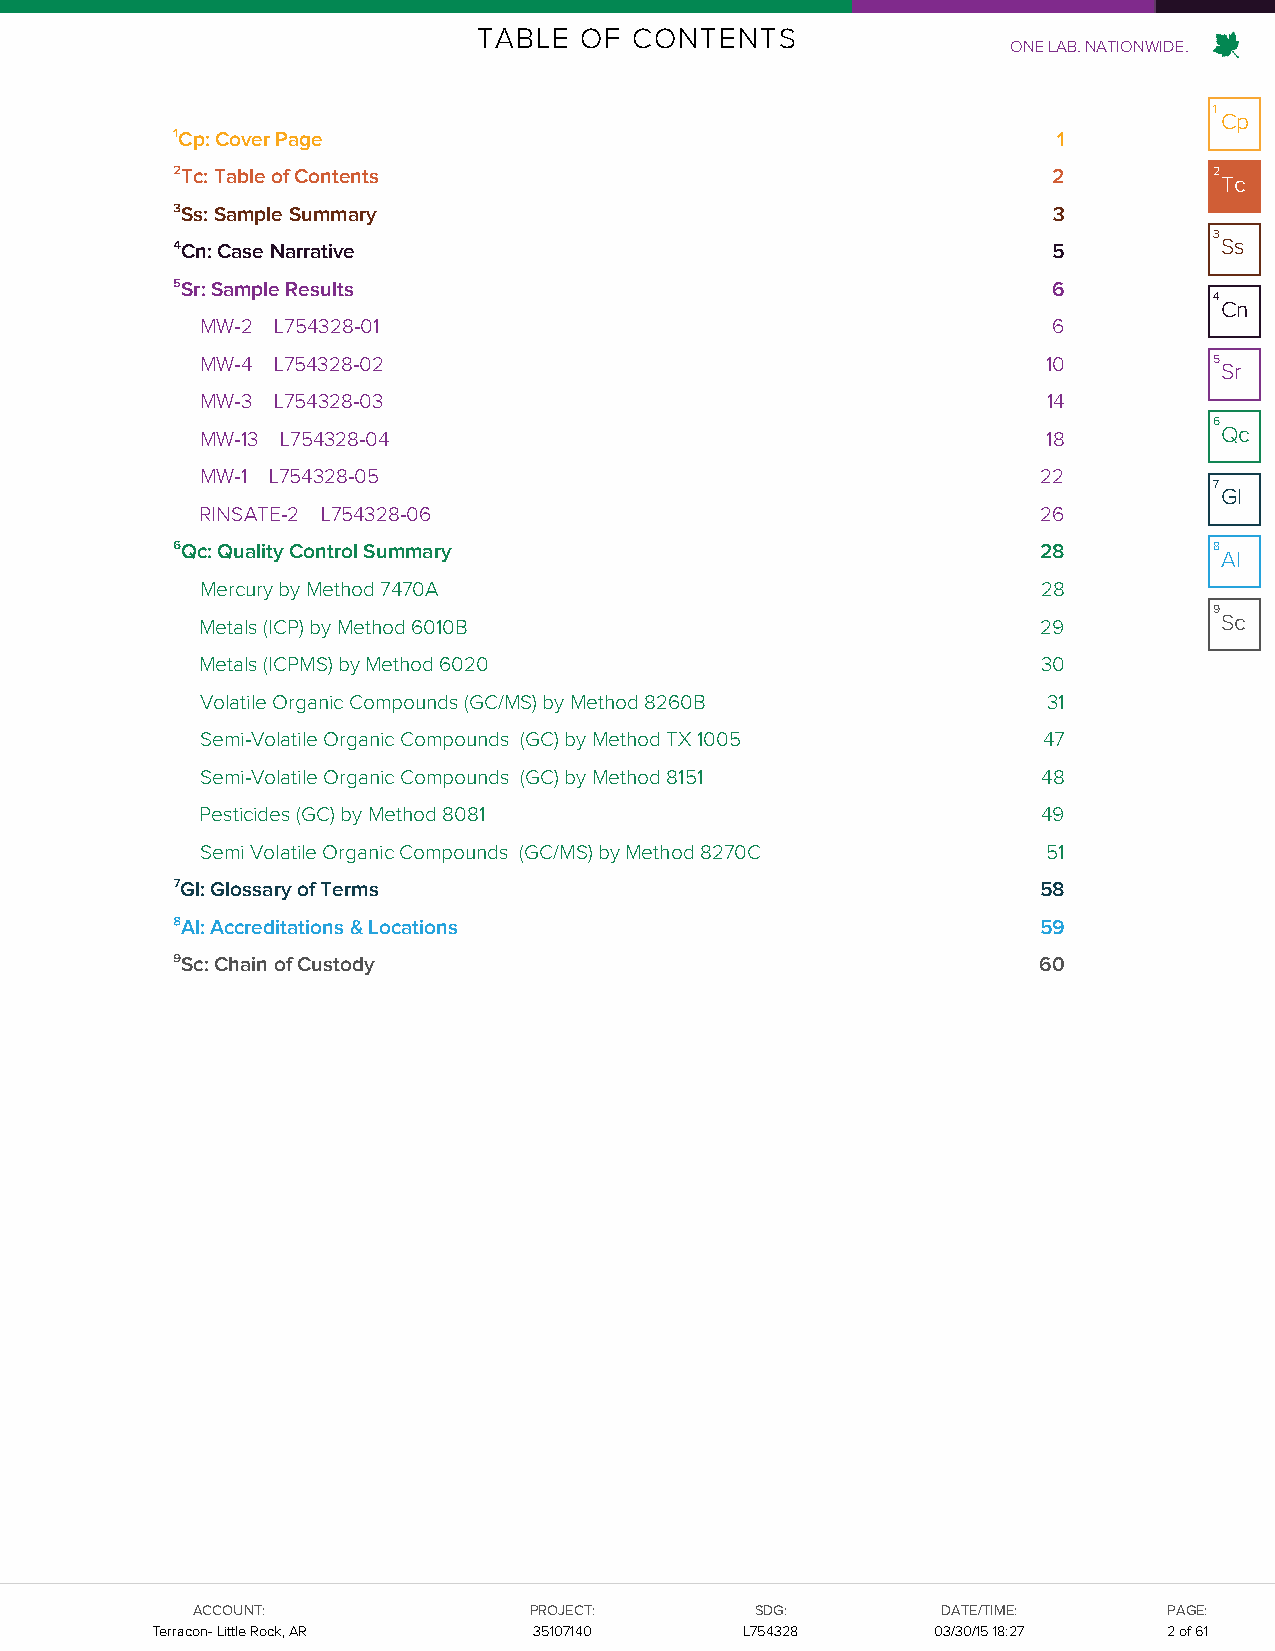
TABLE OF  CONTENTS
 ONE LAB. NATIONWIDE.
 1
 Cp
 ¹Cp: Cover Page                                            1
 ²Tc: Table of Contents                                     2         2
 Tc
 ³Ss: Sample Summary                                        3
 3
 ⁴Cn: Case Narrative                                        5          Ss
 ⁵Sr: Sample Results                                        6
 4
 Cn
 MW-2 L754328-01                                          6
 MW-4 L754328-02                                         10         5
 Sr
 MW-3 L754328-03                                         14
 6
 MW-13 L754328-04                                        18          Qc
 MW-1 L754328-05                                         22
 7
 Gl
 RINSATE-2 L754328-06                                    26
 ⁶Qc: Quality Control Summary                              28         8
 Al
 Mercury by Method 7470A                                 28
 9
 Metals (ICP) by Method 6010B                            29          Sc
 Metals (ICPMS) by Method 6020                           30
 Volatile Organic Compounds (GC/MS) by Method 8260B      31
 Semi-Volatile Organic Compounds (GC) by Method TX 1005  47
 Semi-Volatile Organic Compounds (GC) by Method 8151     48
 Pesticides (GC) by Method 8081                          49
 Semi Volatile Organic Compounds (GC/MS) by Method 8270C 51
 ⁷Gl: Glossary of Terms                                    58
 ⁸Al: Accreditations & Locations                           59
 ⁹Sc: Chain of Custody                                     60
 AACCCCOOUUNNTT::      PPRROOJJEECCTT:: SSDDGG::  DDAATTEE//TTIIMMEE:: PPAAGGEE::
 TTeerrrraaccoonn-- LLiittttllee RRoocckk,, AARR 3355110077114400 LL775544332288 0033//3300//1155 1186::2377 22 ooff 6611